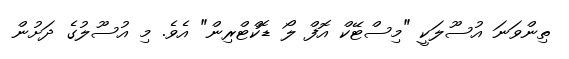
ތިންވަނަ އުސޫލަކީ "މިސްޓޭކް އޮފް ލޯ ޑޮކްޓްރިން" އެވެ. މި އުސޫލުގެ ދަށުން